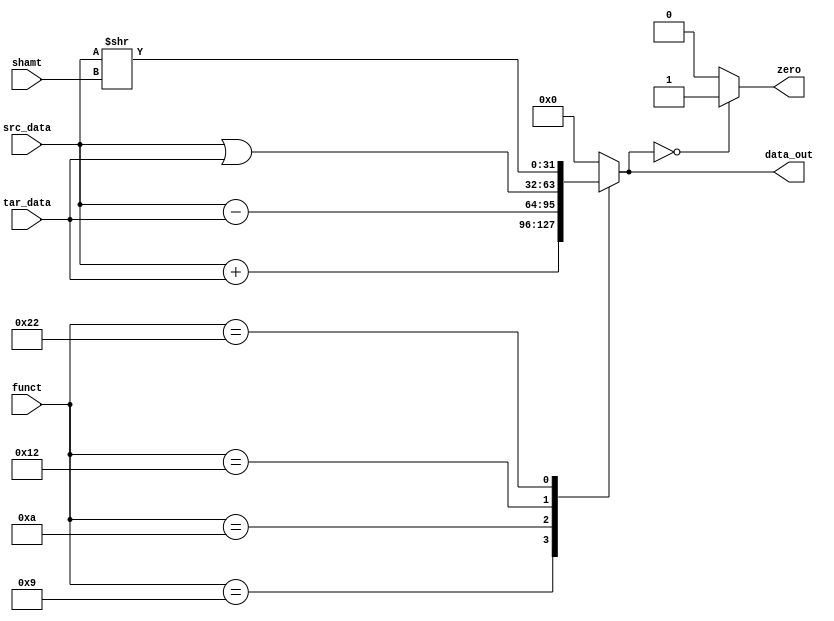
module ALU (
    //outputs
    output reg [31:0]data_out,
    output reg zero,
    //inputs
    input [31:0]src_data,
    input [31:0]tar_data,
    input [4:0]shamt,
    input [5:0]funct
);
    always@(*)begin
        case(funct)
            //ADDU
            6'b001001:  data_out <= src_data + tar_data;
            //SUBU
            6'b001010:  data_out <= src_data - tar_data;
            //OR
            6'b010010:  data_out <= src_data | tar_data;
            //SRL
            6'b100010:  data_out <= src_data >> shamt;
            default:    data_out <= 32'd0;
        endcase
        zero <= (data_out == 0)? 1'b1 : 1'b0;
    end

endmodule